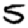
Digit: 5